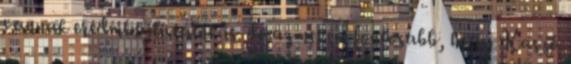
vannak eredménylistáink is. de az nekem fontosabb, hogy Kaszó